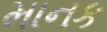
માનક